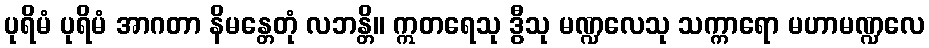
ပုရိမံ ပုရိမံ အာဂတာ နိမန္တေတုံ လဘန္တိ။ ဣတရေသု ဒွီသု မဏ္ဍလေသု သက္ကာရော မဟာမဏ္ဍလေ